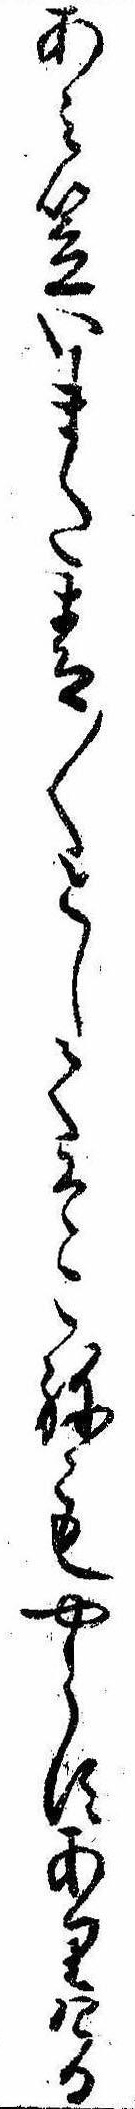
あみ笠いまた青〱としてそこねもやらすありける